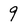
Character: 9